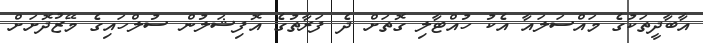
އާބާދީތަކުގެ މައްސަލައާ އެކު ހުއްޓާލި ގޮތަށް ދެ ފަރާތުގެ އޮފިޝަލުން ސުލްހައިގެ މޭޒުދޮށަށް